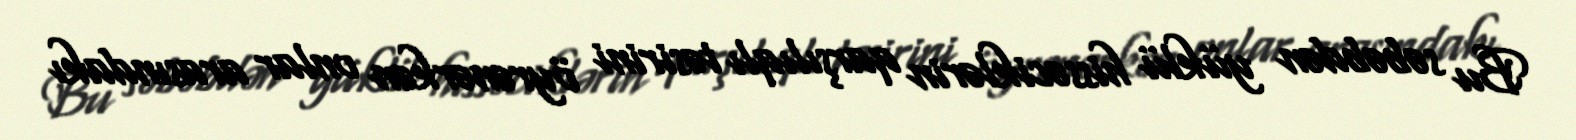
Bu səbəbdən yüklü hissəciklərin qarşılıqlı təsirini öyrənərkən onlar arasındakı